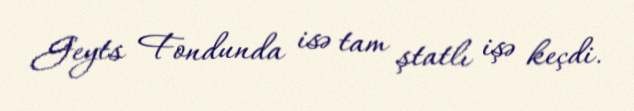
Geyts Fondunda isə tam ştatlı işə keçdi.